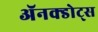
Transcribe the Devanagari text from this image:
ॲनक्डोट्स